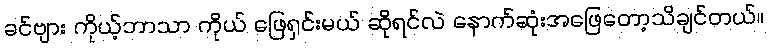
ခင်ဗျား ကိုယ့်ဘာသာ ကိုယ် ဖြေရှင်းမယ် ဆိုရင်လဲ နောက်ဆုံးအဖြေတော့သိချင်တယ်။